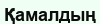
Қамалдың